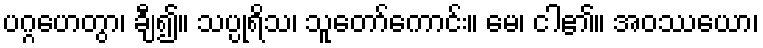
ပဂ္ဂဟေတွာ၊ ချီ၍။ သပ္ပုရိသ၊ သူတော်ကောင်း။ မေ၊ ငါ၏။ အဝဿယော၊